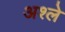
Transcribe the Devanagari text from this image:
अश्ले